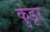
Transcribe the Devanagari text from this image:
कुंडूर